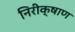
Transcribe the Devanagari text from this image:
निरीक्षाण